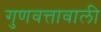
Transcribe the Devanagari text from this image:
गुणवत्तावाली